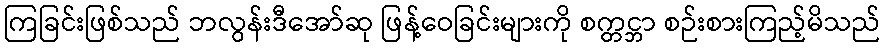
ကြခြင်းဖြစ်သည် ဘလွန်းဒီအော်ဆု ဖြန့်ဝေခြင်းများကို စက္တင္ဘာ စဉ်းစားကြည့်မိသည်